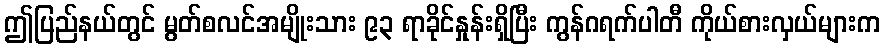
ဤပြည်နယ်တွင် မွတ်စလင်အမျိုးသား ၉၃ ရာခိုင်နှုန်းရှိပြီး ကွန်ဂရက်ပါတီ ကိုယ်စားလှယ်များက